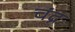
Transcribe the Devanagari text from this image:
चंद्न